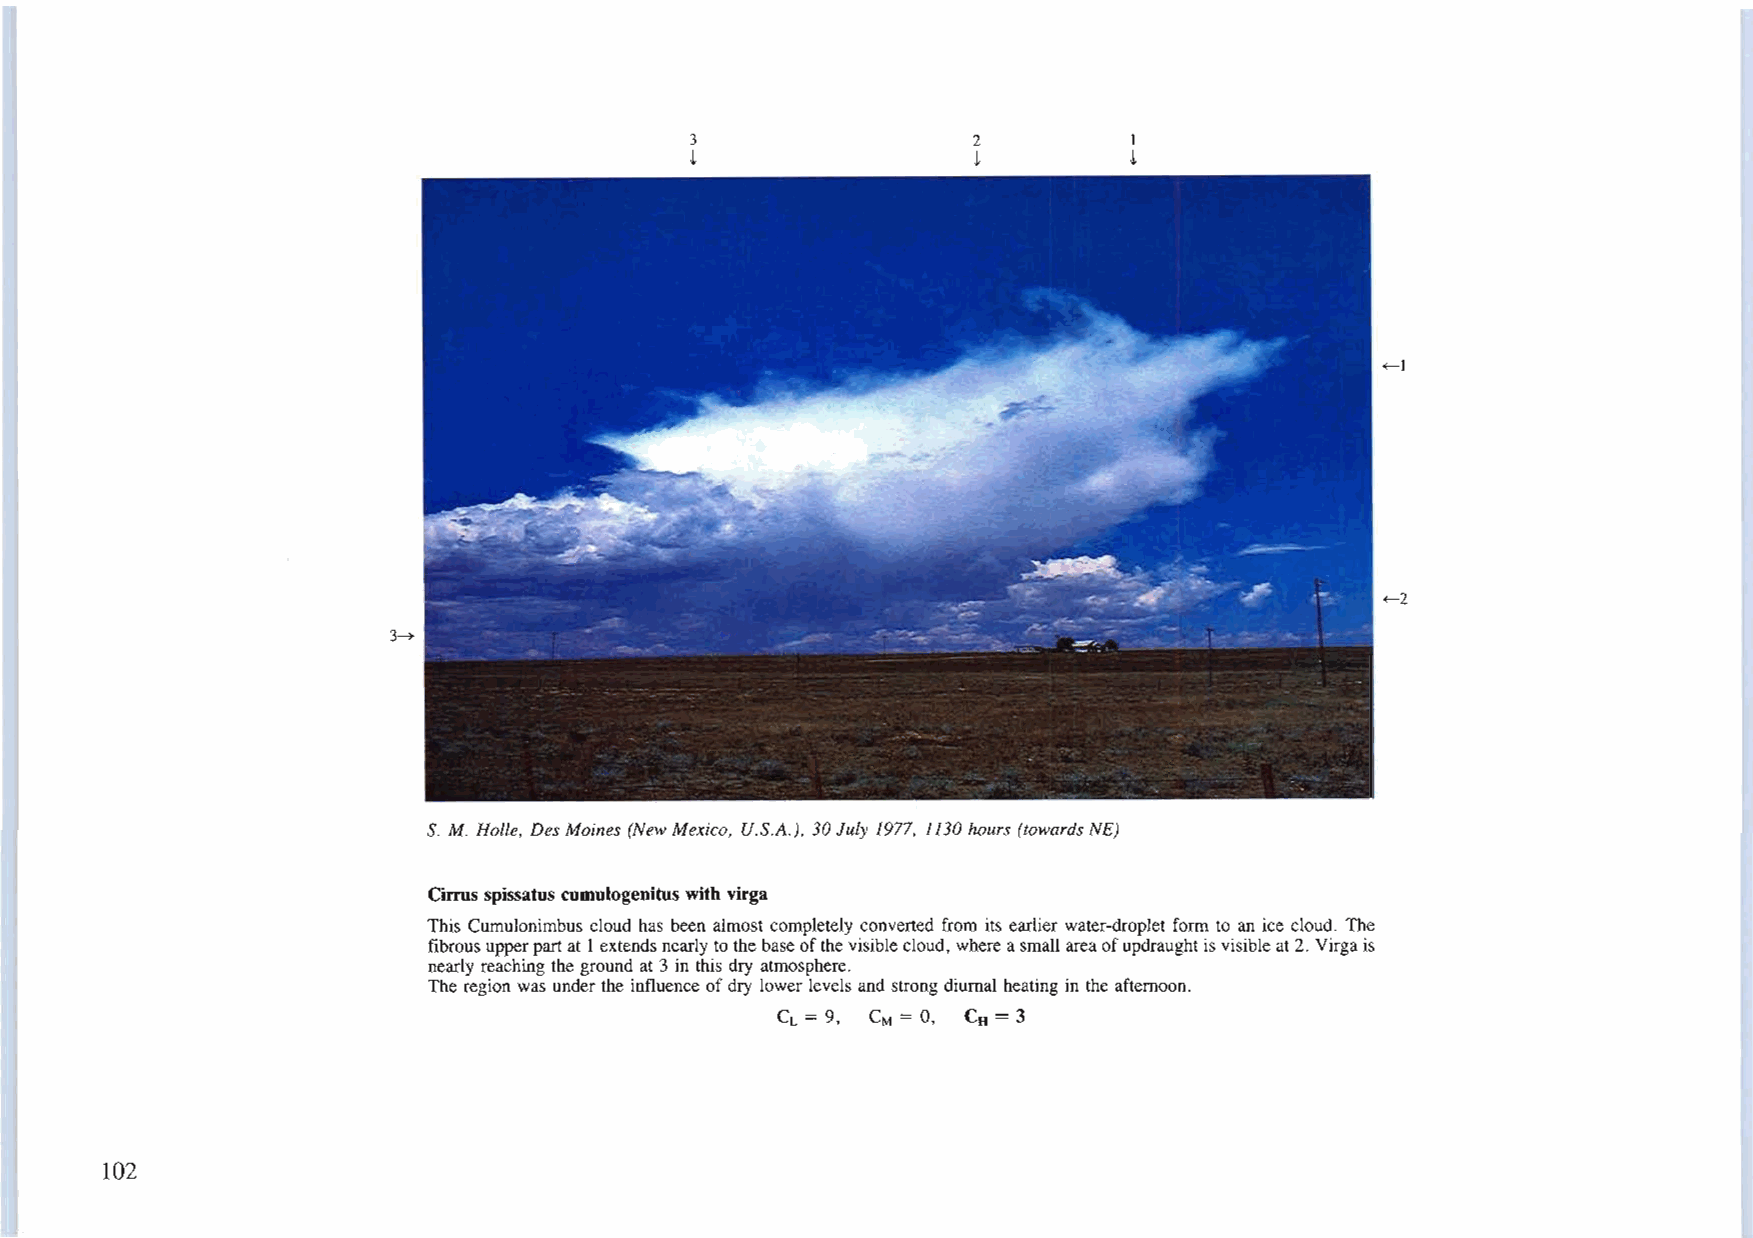
3                 2          I
 t                 t          t
 ~l
 ~2
 3~
 S. M. HoUe, DesMoines (New Mexico, U.S.A.), 30July 1977, 1130hours (towards NE)
 Cirrus spissatus cumulogenitus with virga
 This Cumulonimbus cloud has been almost completely converted from its earlier water-droplet form to an ice cloud. The
 fibrous upperpartat Iextendsnearly tothebaseofthevisiblecloud, whereasmallareaofupdraughtis visibleat2. Virgais
 nearly reaching the ground at 3 in this dry atmosphere.
 The region was under the influence ofdry lower levels and strong diurnal heating in the afternoon.
 CL = 9, CM = 0, CH =3
 102